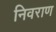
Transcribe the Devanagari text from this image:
निवराण